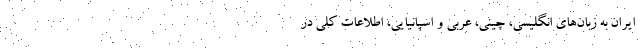
ایران به زبان‌های انگلیسی، چینی، عربی و اسپانیایی، اطلاعات کلی در